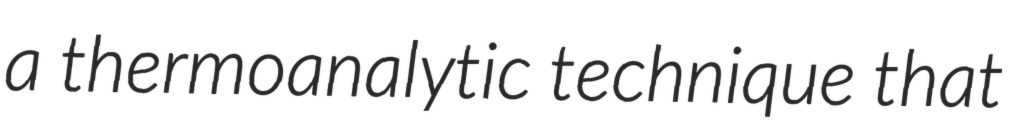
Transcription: a thermoanalytic technique that